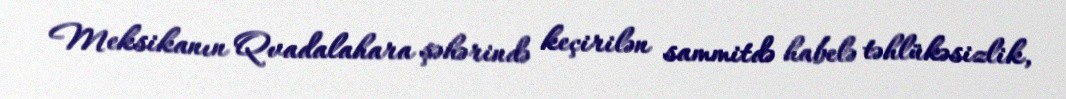
Meksikanın Qvadalahara şəhərində keçirilən sammitdə habelə təhlükəsizlik,